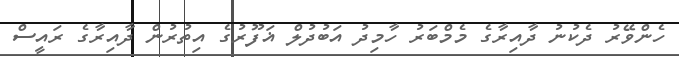
ހެންވޭރު ދެކުނު ދާއިރާގެ މެމްބަރު ހާމިދު އަބުދުލް ޣަފޫރުގެ އިތުރުން ދާއިރާގެ ރައީސް